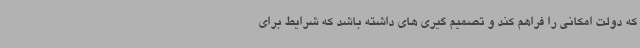
که دولت امکانی را فراهم کند و تصمیم گیری های داشته باشد که شرایط برای